Annual statistical returns and brief notes on vaccination in Bengal - 1909-1929
Year: 1909
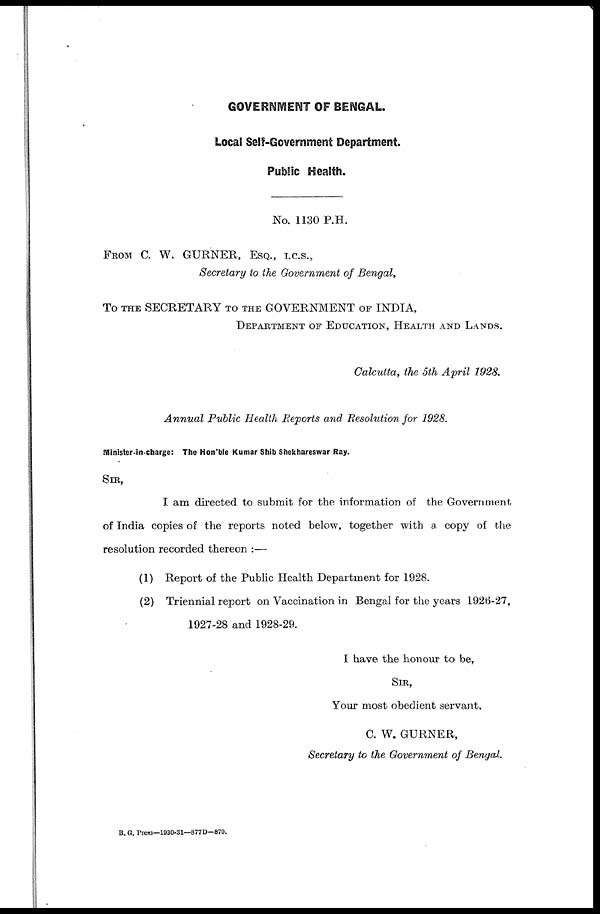
GOVERNMENT OF BENGAL.
Local Self-Government Department.
Public Health.
No. 1130 P.H.
FROM C. W. GURNER, ESQ., I.C.S.,
Secretary to the Government of Bengal,
To THE SECRETARY TO THE GOVERNMENT OF INDIA,
DEPARTMENT OF EDUCATION, HEALTH AND LANDS.
Calcutta, the 5th April 1928.
Annual Public Health Reports and Resolution for 1928.
Minister-in-charge: The Hon'ble Kumar Shib Shekhareswar Ray.
SIR,
I am directed to submit for the information of the Government
of India copies of the reports noted below, together with a copy of the
resolution recorded thereon :—
(1) Report of the Public Health Department for 1928.
(2) Triennial report on Vaccination in Bengal for the years 1926-27,
1927-28 and 1928-29.
I have the honour to be,
SIR,
Your most obedient servant,
C. W. GURNER,
Secretary to the Government of Bengal.
B. G. Press—1930-31—877D—870.